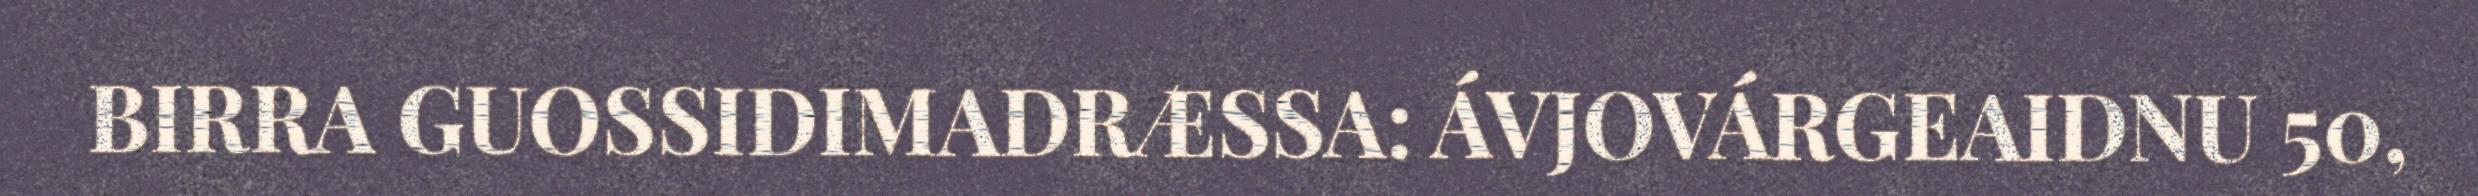
BIRRA GUOSSIDIMADRÆSSA: ÁVJOVÁRGEAIDNU 50,